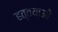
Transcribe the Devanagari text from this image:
हत्तयाओं